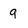
Character: 9